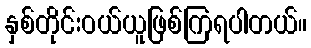
နှစ်တိုင်းဝယ်ယူဖြစ်ကြရပါတယ်။